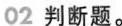
02判断题。